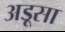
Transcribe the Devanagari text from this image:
अड़ूसा